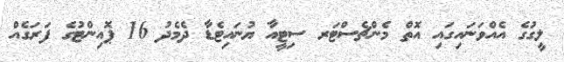
ލީގުގެ އެއްވަނައިގައި އޮތް މެންޗެސްޓަރ ސިޓީއާ ޔުނައިޓެޑާ ދެމެދު 16 ޕޮއިންޓުގެ ފަރަގެއް